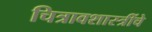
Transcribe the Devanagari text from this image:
चित्रावशास्त्रींचे